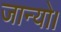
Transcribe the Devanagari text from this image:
जान्यो।